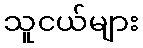
သူငယ်များ